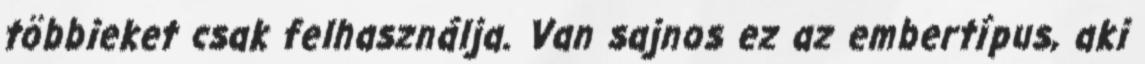
többieket csak felhasználja. Van sajnos ez az embertípus, aki